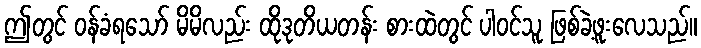
ဤတွင် ဝန်ခံရသော် မိမိလည်း ထိုဒုတိယတန်း စားထဲတွင် ပါဝင်သူ ဖြစ်ခဲ့ဖူးလေသည်။